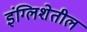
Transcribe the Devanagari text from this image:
इंग्लिशेतील